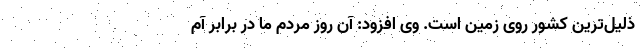
ذلیل‌ترین کشور روی زمین است. وی افزود: آن روز مردم ما در برابر آم